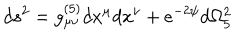
d s ^ { 2 } = g _ { \mu \nu } ^ { ( 5 ) } d x ^ { \mu } d x ^ { \nu } + e ^ { - 2 \psi } d \Omega _ { 5 } ^ { 2 }